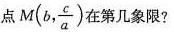
点 M(b, \frac{c}{a}) 在第几象限?